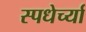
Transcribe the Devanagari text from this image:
स्पधेर्च्या